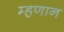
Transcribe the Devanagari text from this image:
म्हणान